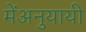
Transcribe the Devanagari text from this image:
मेंअनुयायी